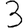
Digit: 3